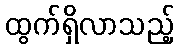
ထွက်ရှိလာသည့်